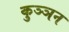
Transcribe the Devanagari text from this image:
कुञ्ञन